Leaving Certificate Examination (including Day School Certificate (Higher) General paper), 1929
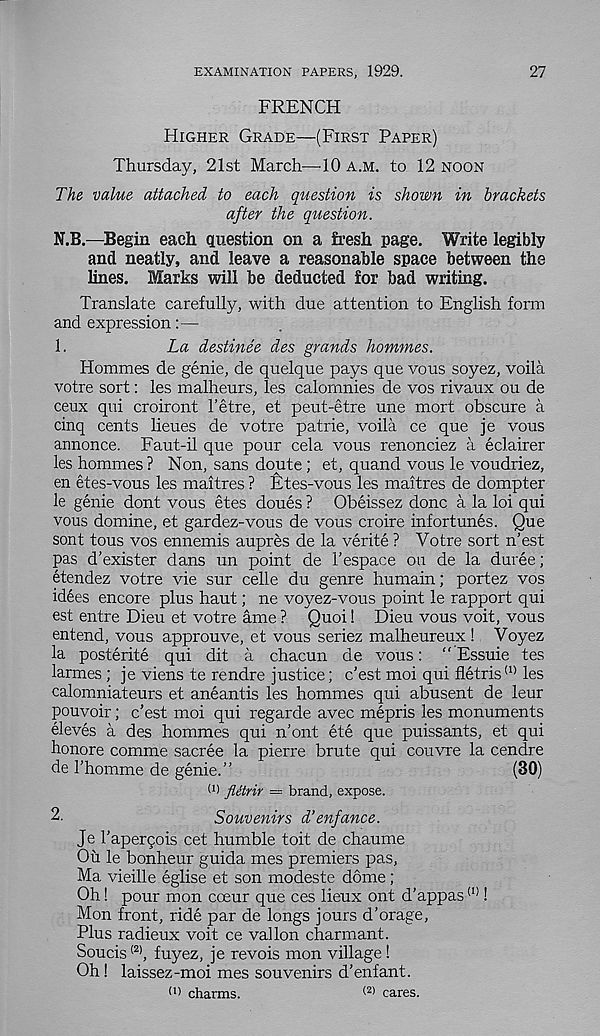
27
EXAMINATION PAPERS, 1929.
FRENCH
HIGHER GRADE—(FIRST PAPER)
Thursday, 21st March—10 A.M. to 12 NOON
The value attached to each question is shown in brackets
after the question.
N.B.—Begin each question on a fresh page. Write legibly
and neatly, and leave a reasonable space between the
lines. Marks will be deducted for bad writing.
Translate carefully, with due attention to English form
and expression:—
1.
La destinee des grands hommes.
Hommes de genie, de quelque pays que vous soyez, voila
votre sort: les malheurs, les calomnies de vos rivaux ou de
ceux qui croiront Fetre, et peut-etre une mort obscure a
cinq cents lieues de votre patrie, voila ce que je vous
annonce. Faut-il que pour cela vous renonciez a eclairer
les hommes ? Non, sans doute ; et, quand vous le voudriez,
en etes-vous les maitres ? lites-vous les maitres de dompter
le genie dont vous etes doues ? Obeissez done a la loi qui
vous domine, et gardez-vous de vous croire infortunes. Que
sont tous vos ennemis aupres de la verite ? Votre sort n’est
pas d'exister dans un point de I'espace ou de la duree;
etendez votre vie sur celle du genre humain; portez vos
idees encore plus haut; ne voyez-vous point le rapport qui
est entre Dieu et votre ame ? Quoi! Dieu vous voit, vous
entend, vous approuve, et vous seriez malheureux ! Voyez
la posterite qui dit a chacun de vous: " Essuie tes
larmes ; je viens te rendre justice; e’est moi qui fletris (1) les
calomniateurs et aneantis les hommes qui abusent de leur
pouvoir; e’est moi qui regarde avec mepris les monuments
eleves a des hommes qui n’ont ete que puissants, et qui
honore comme sacree la pierre brute qui couvre la cendre
de I’homme de genie.”
(30)
(1 > fletrir — brand, expose.
2.
Souvenirs d’enfance.
Je I’aperqois cet humble toit de chaume
Ou le bonheur guida mes premiers pas,
Ma vieille eglise et son modeste dome;
Oh! pour mon cceur que ces lieux ont d’appas (I) !
Mon front, ride par de longs jours d’orage,
Plus radieux voit ce vallon charmant.
Soucis (2) , fuyez, je revois mon village!
Oh! laissez-moi mes souvenirs d’enfant.
(1 > charms.
(2) cares.